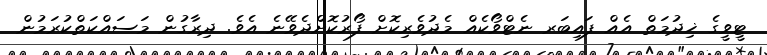
ޓީވީގެ ޚިދުމަތް އެއް ފައިބަރ ނެޓްވޯކެއް މެދުވެރިކޮށް ފޯރުކޮށްދެވޭނެ އެވެ. ދިރާގުން މަސައްކަތްކުރަމުން